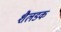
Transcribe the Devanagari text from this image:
शैलडक